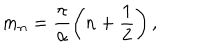
m _ { n } = \frac { \pi } { \alpha } \left( n + \frac { 1 } { 2 } \right) ,